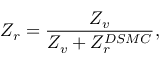
Z _ { r } = \frac { Z _ { v } } { Z _ { v } + Z _ { r } ^ { D S M C } } ,